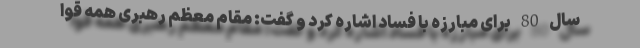
سال 80 برای مبارزه با فساد اشاره کرد و گفت: مقام معظم رهبری همه قوا